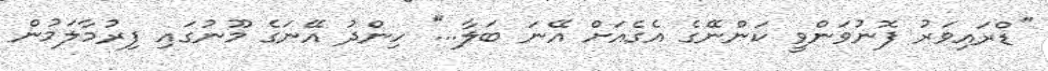
''ޑްރައިވަރު ފޮނުވަންވީ ކަންނޭގެ އެގެއަށް އޭނަ ބަލާ...'' ހިންދު އޭނަގެ މޫނުގައި ފިރުމާލަމުން